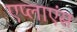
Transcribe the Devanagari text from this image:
एप्लाएंस